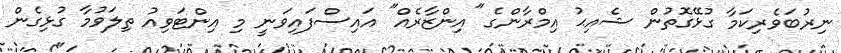
ނިރުބަވެރިކަމާ ގުޅޭގޮތުން ޝެއިޙު އިމްރާންގެ "އިންޒާރެއް" އައިސްފައިވަނީ މި އިންޓަވިއު ތިލަވުމާ ގުޅިގެން